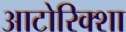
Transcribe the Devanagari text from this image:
आटोरिक्शा